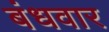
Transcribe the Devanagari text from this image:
बंधवार